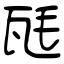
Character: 瓱